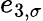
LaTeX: e_{3,\sigma}